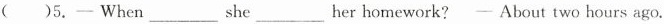
( )5.一 When___she___her homework?- About two hours ago.